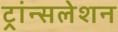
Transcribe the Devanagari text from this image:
ट्रांन्सलेशन